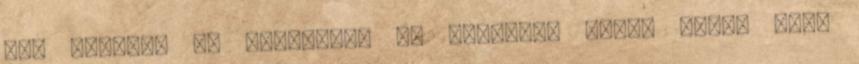
Még anyukám se dolgozik. És ráadásul TV-nk sincs Mire